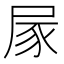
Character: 𡱰